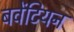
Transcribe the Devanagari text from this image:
बवेंटियन